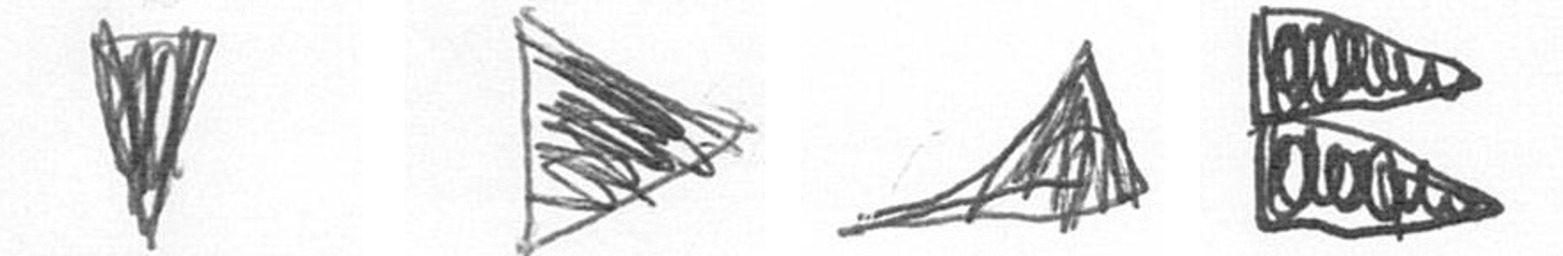
J T O P